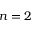
n = 2